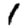
Digit: 1